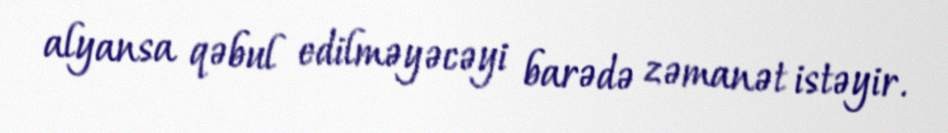
alyansa qəbul edilməyəcəyi barədə zəmanət istəyir.